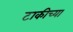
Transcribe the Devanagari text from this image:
टाकीच्या